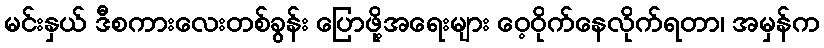
မင်းနှယ် ဒီစကားလေးတစ်ခွန်း ပြောဖို့အရေးများ ဝေ့ဝိုက်နေလိုက်ရတာ၊ အမှန်က